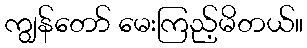
ကျွန်တော် မေးကြည့်မိတယ်။